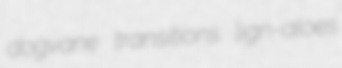
dogvane transitions lign-aloes